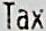
TAX